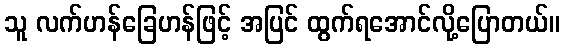
သူ လက်ဟန်ခြေဟန်ဖြင့် အပြင် ထွက်ရအောင်လို့ပြောတယ်။